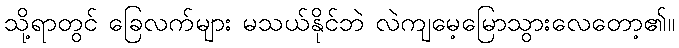
သို့ရာတွင် ခြေလက်များ မသယ်နိုင်ဘဲ လဲကျမေ့မြောသွားလေတော့၏။